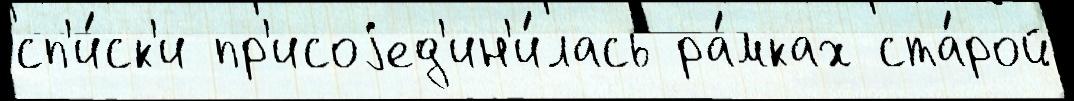
сп'и́ск'и пр'исоjед'ин'и́лась ра́мках ста́рой